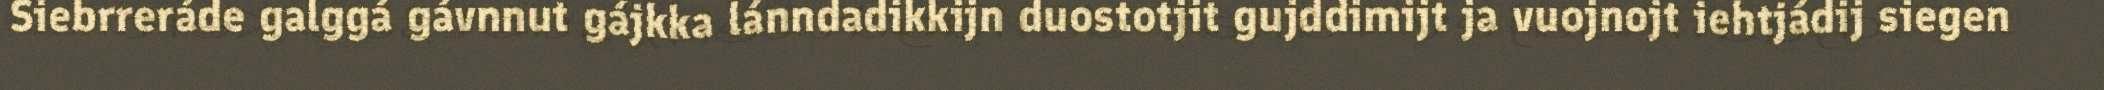
Siebrreráde galggá gávnnut gájkka lánndadikkijn duostotjit gujddimijt ja vuojnojt iehtjádij siegen